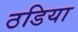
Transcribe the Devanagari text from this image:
ठडिया